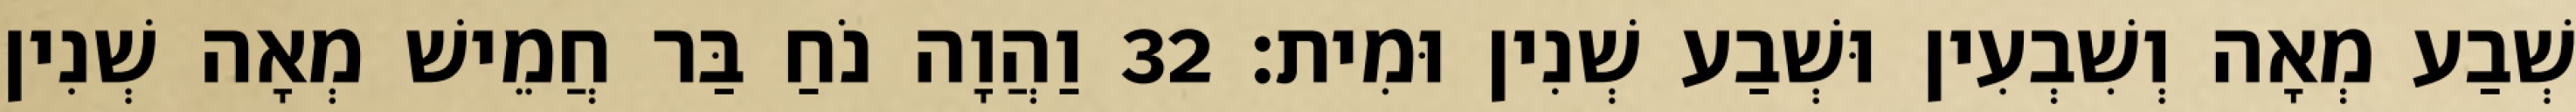
שְׁבַע מְאָה וְשִׁבְעִין וּשְׁבַע שְׁנִין וּמִית׃ 32 וַהֲוָה נֹחַ בַּר חֲמֵישׁ מְאָה שְׁנִין